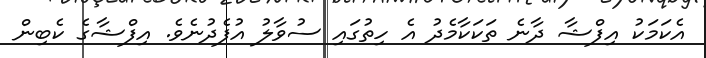
އެކަމަކު އިފްޝާ ދާނެ ތަކަކާމެދު އެ ހިތުގައި ސުވާލު އުފެދުނެވެ. އިފްޝާގެ ކެބިން